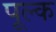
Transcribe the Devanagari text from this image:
पूल्क